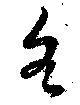
各